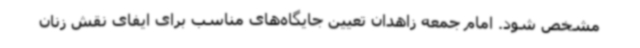
مشخص شود. امام جمعه زاهدان تعیین جایگاه‌های مناسب برای ایفای نقش زنان